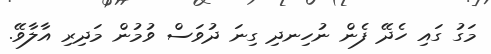
މަގު ގައި ހެދޭ ފެން ނުހިނދި ގިނަ ދުވަސް ވުމުން މަދިރި އާލާވޭ.